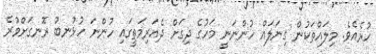
ހުރެއެވެ. މިލައްތަކުން ގިނަލައް ހުންނަނީ މަހުގެ ދިގަށް ދެއަރިމަތީގައި ހުންނަ ހުޅުނބު ރޮނގަށްވުރެ